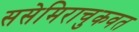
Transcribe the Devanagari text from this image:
ससेमिराचुकवत